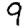
Digit: 9